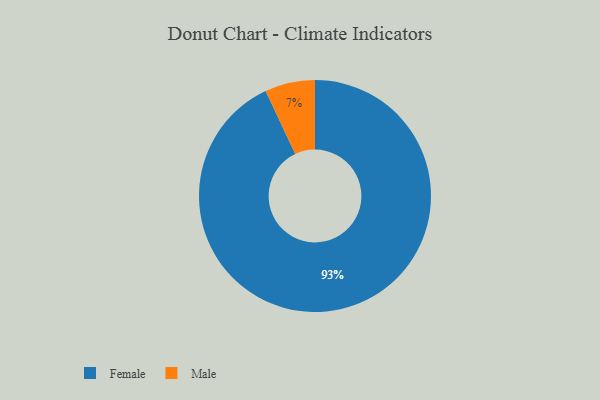
{"axis": {"x": "Category", "y": "Percentage"}, "legend": ["Female", "Male"], "data": [{"x": "Female", "y": 93, "type": "Female"}, {"x": "Male", "y": 7, "type": "Male"}]}